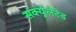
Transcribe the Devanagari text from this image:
सर्क्युलेटेड